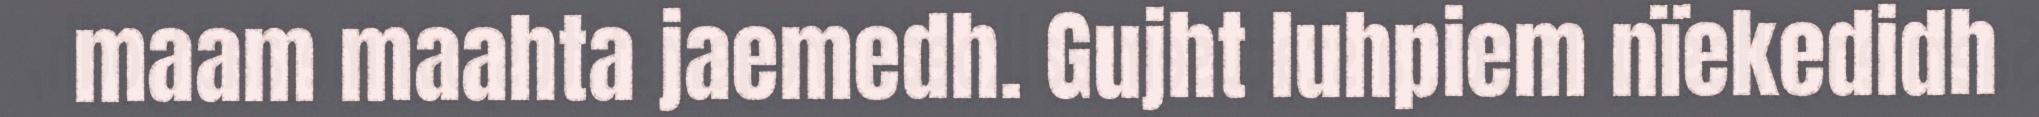
maam maahta jaemedh. Gujht luhpiem nïekedidh